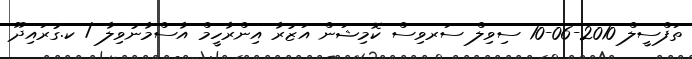
ތަފްސީލް 2010-06-10 ސިވިލް ސަރވިސް ކޮމިޝަން އަޒުރާ އިންރާހީމް އާސްމާނުވިލާ / ކ.ގުރައިދޫ